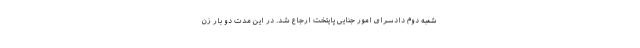
شعبه دوم دادسرای امور جنایی پایتخت ارجاع شد. در این مدت دو بار زن